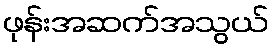
ဖုန်းအဆက်အသွယ်